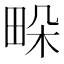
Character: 𤱧